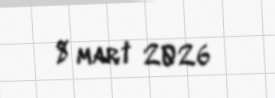
8 mart 2026